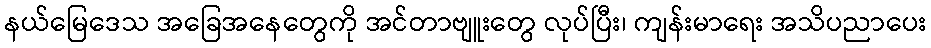
နယ်မြေဒေသ အခြေအနေတွေကို အင်တာဗျူးတွေ လုပ်ပြီး၊ ကျန်းမာရေး အသိပညာပေး